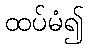
ထပ်မံ၍